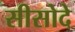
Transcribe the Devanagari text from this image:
सीसोदे